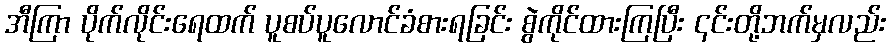
အီကြာ ပိုက်လိုင်းရေထက် ပူစပ်ပူလောင်ခံစားရခြင်း စွဲကိုင်ထားကြပြီး ၎င်းတို့ဘက်မှလည်း